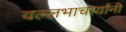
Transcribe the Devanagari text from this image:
वल्लभाचार्यांनी